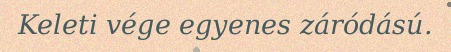
Keleti vége egyenes záródású.